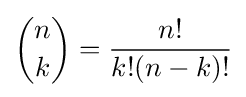
\displaystyle {\binom {n}{k}}={\frac {n!}{k!(n-k)!}}